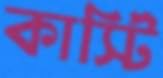
কার্স্টি